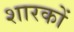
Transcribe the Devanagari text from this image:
शारकों